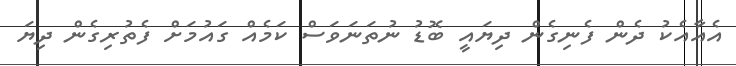
އެއާއެކު ދެން ފެނިގެން ދިޔައީ ބޮޑު ނުތަނަވަސް ކަމެއް ގައުމަށް ފެތުރިގެން ދިޔަ